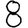
Digit: 8